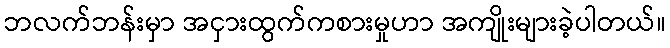
ဘလက်ဘန်းမှာ အငှားထွက်ကစားမှုဟာ အကျိုးများခဲ့ပါတယ်။